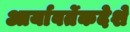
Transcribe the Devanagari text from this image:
आर्यावर्तेकदेशे